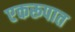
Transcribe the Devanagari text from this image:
एकरूपात